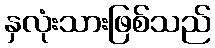
နှလုံးသားဖြစ်သည်